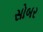
સોબર